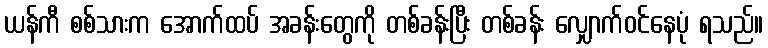
ယန်ကီ စစ်သားက အောက်ထပ် အခန်းတွေကို တစ်ခန်းပြီး တစ်ခန်း လျှောက်ဝင်နေပုံ ရသည်။